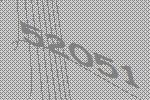
52051